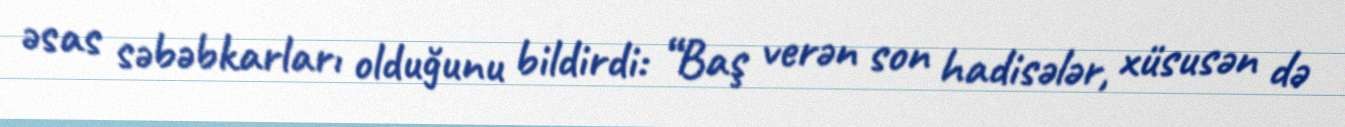
əsas səbəbkarları olduğunu bildirdi: “Baş verən son hadisələr, xüsusən də